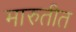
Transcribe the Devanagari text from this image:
मारुतीत